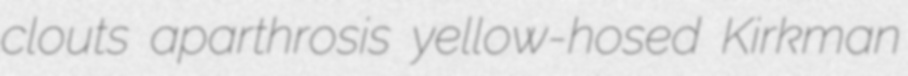
clouts aparthrosis yellow-hosed Kirkman